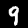
Digit: 9